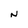
Character: N